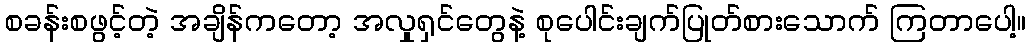
စခန်းစဖွင့်တဲ့ အချိန်ကတော့ အလှုရှင်တွေနဲ့ စုပေါင်းချက်ပြုတ်စားသောက် ကြတာပေါ့။